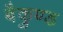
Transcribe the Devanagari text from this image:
बैकुण्ड